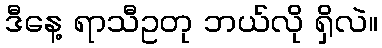
ဒီနေ့ ရာသီဥတု ဘယ်လို ရှိလဲ။